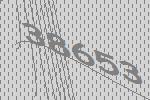
38653